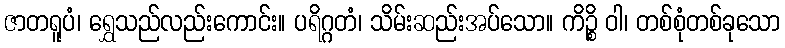
ဇာတရူပံ၊ ရွှေသည်လည်းကောင်း။ ပရိဂ္ဂတံ၊ သိမ်းဆည်းအပ်သော။ ကိဉ္စိ ဝါ၊ တစ်စုံတစ်ခုသော